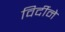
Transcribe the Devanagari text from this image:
विर्दीने